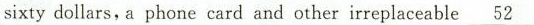
sixty dollars, a phone card and other irreplaceable \underline{52}